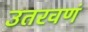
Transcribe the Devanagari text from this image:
उतरवणं